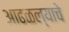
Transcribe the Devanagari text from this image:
आढळल्याचे